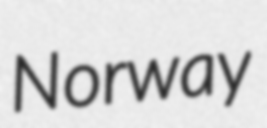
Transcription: Norway